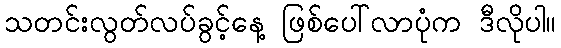
သတင်းလွတ်လပ်ခွင့်နေ့ ဖြစ်ပေါ်လာပုံက ဒီလိုပါ။